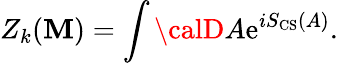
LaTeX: Z_{k}(\mathbf{M})=\int{\calD}A\mathrm{{e}}^{iS_{\mathrm{{CS}}}(A)}.